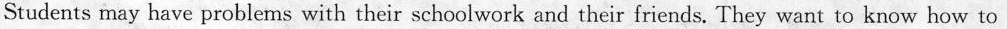
Students may have problems with their schoolwork and their friends. They want to know how to